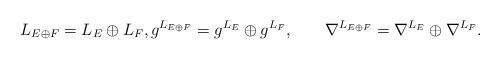
LaTeX: \begin{align*}L_{E\oplus F}=L_E\oplus L_F,g^{L_{E\oplus F}}=g^{L_E}\oplus g^{L_F},\qquad\nabla^{L_{E\oplus F}}=\nabla^{L_E}\oplus\nabla^{L_F}.\end{align*}